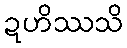
ဍဟိဿသိ